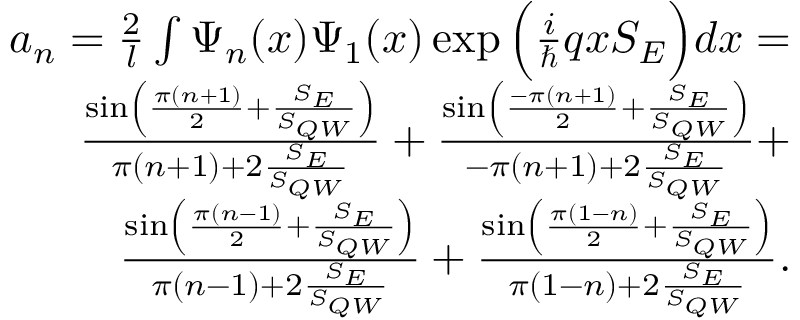
\begin{array} { r } { a _ { n } = \frac { 2 } { l } \int \Psi _ { n } ( x ) \Psi _ { 1 } ( x ) \exp { \Big ( \frac { i } { \hbar } q x S _ { E } \Big ) } d x = } \\ { \frac { \sin \left( \frac { \pi ( n + 1 ) } { 2 } + \frac { S _ { E } } { S _ { { Q W } } } \right) } { \pi ( n + 1 ) + 2 \frac { S _ { E } } { S _ { { Q W } } } } + \frac { \sin \left( \frac { - \pi ( n + 1 ) } { 2 } + \frac { S _ { E } } { S _ { { Q W } } } \right) } { - \pi ( n + 1 ) + 2 \frac { S _ { E } } { S _ { { Q W } } } } + } \\ { \frac { \sin \left( \frac { \pi ( n - 1 ) } { 2 } + \frac { S _ { E } } { S _ { { Q W } } } \right) } { \pi ( n - 1 ) + 2 \frac { S _ { E } } { S _ { { Q W } } } } + \frac { \sin \left( \frac { \pi ( 1 - n ) } { 2 } + \frac { S _ { E } } { S _ { { Q W } } } \right) } { \pi ( 1 - n ) + 2 \frac { S _ { E } } { S _ { { Q W } } } } . } \end{array}